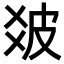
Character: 𤿓